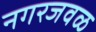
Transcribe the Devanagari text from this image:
नगरजवळ